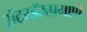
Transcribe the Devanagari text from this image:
रॉटरडॅमप्रमाणे